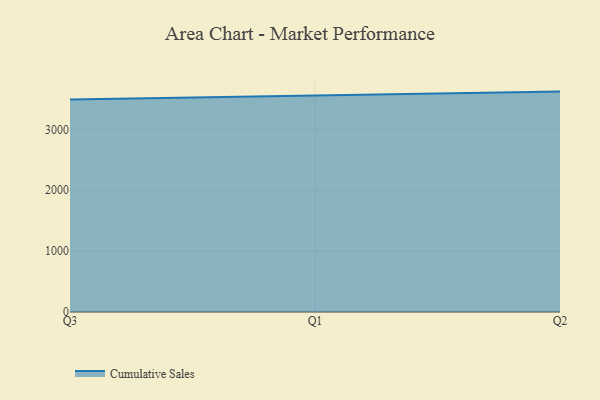
{"axis": {"x": "Quarter", "y": "LTV (USD)"}, "legend": ["Cumulative Sales"], "data": [{"x": "Q3", "y": 3491.4, "type": "Cumulative Sales"}, {"x": "Q1", "y": 3558.8, "type": "Cumulative Sales"}, {"x": "Q2", "y": 3619.1, "type": "Cumulative Sales"}]}